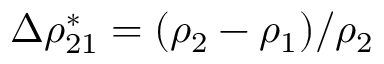
\Delta \rho _ { 2 1 } ^ { * } = ( \rho _ { 2 } - \rho _ { 1 } ) / { \rho _ { 2 } }